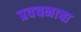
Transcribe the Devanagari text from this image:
प्रवचनाचा